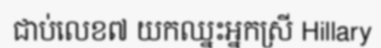
ជាប់លេខ៧ យកឈ្នះអ្នកស្រី Hillary